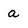
Character: a